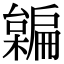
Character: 𣝜